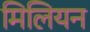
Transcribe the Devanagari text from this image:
मिलियन